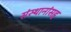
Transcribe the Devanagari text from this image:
संस्थानांसह